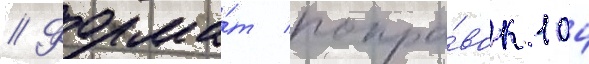
// Форма́т попра́вок 104